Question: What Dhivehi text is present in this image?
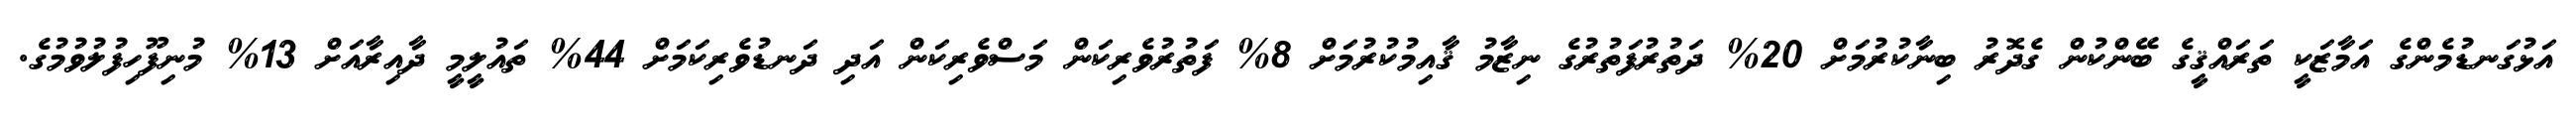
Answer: އަޅުގަނޑުމެންގެ އަމާޒަކީ ތަރައްޤީގެ ބޭންކުން ގެދޮރު ބިނާކުރުމަށް 20% ދަތުރުފަތުރުގެ ނިޒާމު ޤާއިމުކުރުމަށް 8% ފަތުރުވެރިކަން މަސްވެރިކަން އަދި ދަނޑުވެރިކަމަށް 44% ތައުލީމީ ދާއިރާއަށް 13% މުނިފޫހިފުލުވުމުގެ.